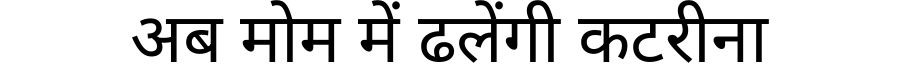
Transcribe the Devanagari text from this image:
अब मोम में ढलेंगी कटरीना